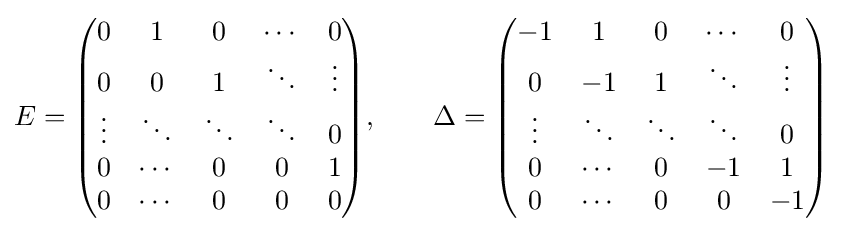
E={\begin{pmatrix}0&1&0&\cdots &0\\0&0&1&\ddots &\vdots \\\vdots &\ddots &\ddots &\ddots &0\\0&\cdots &0&0&1\\0&\cdots &0&0&0\end{pmatrix}},\qquad \Delta ={\begin{pmatrix}-1&1&0&\cdots &0\\0&-1&1&\ddots &\vdots \\\vdots &\ddots &\ddots &\ddots &0\\0&\cdots &0&-1&1\\0&\cdots &0&0&-1\end{pmatrix}}